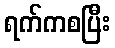
ရက်ကစပြီး